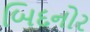
બિદનોર